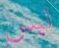
ليس